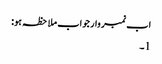
اب نمبر وار جواب ملاحظہ ہو:
1۔